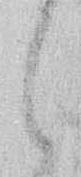
し